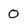
Character: O